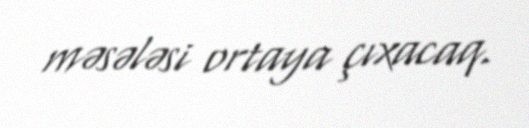
məsələsi ortaya çıxacaq.